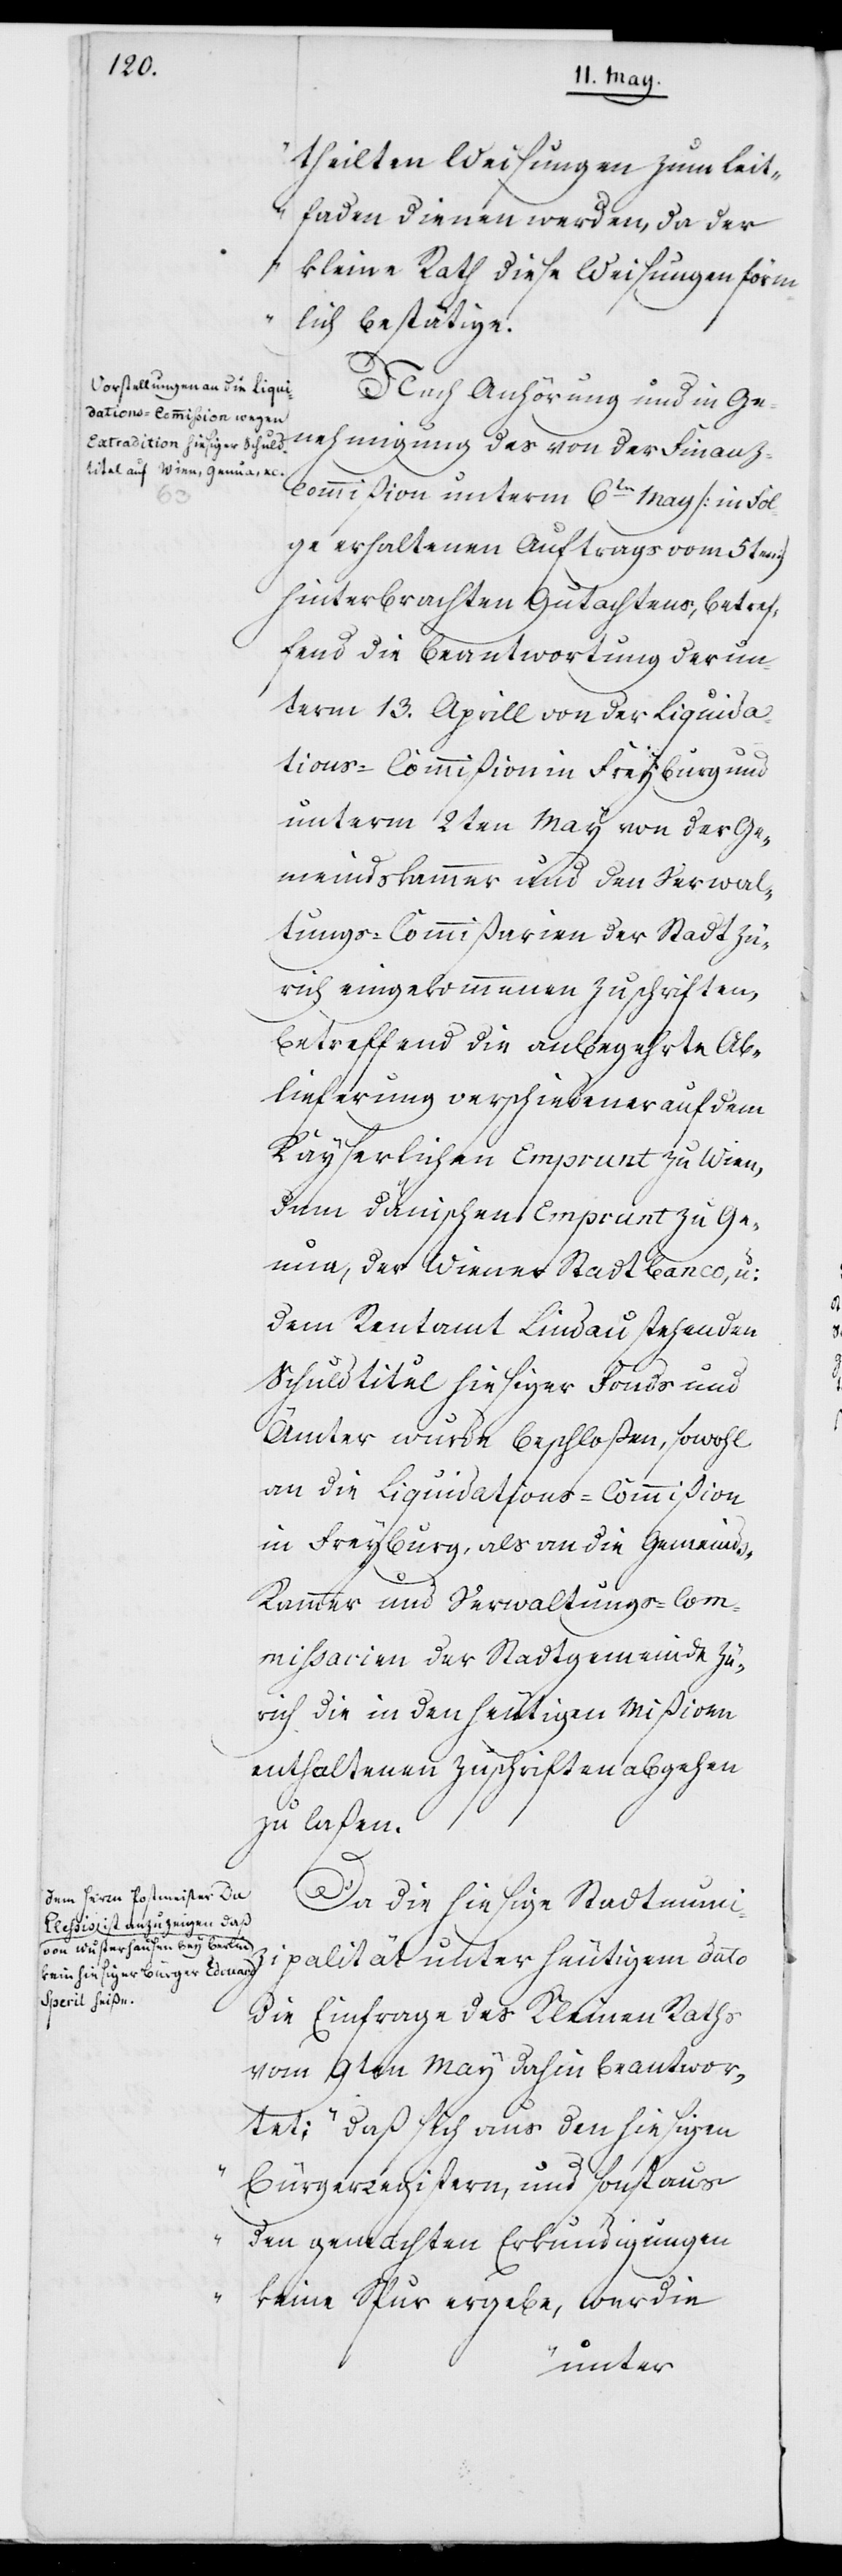
theilten Weisungen zum Leit¬
faden dienen werden, da der
Kleine Rath diese Weisungen förm¬
lich bestätige.“
Nach Anhörung und in Ge¬
nehmigung des von der Finanz¬
commißion unterm 6ten May (in Fol¬
ge erhaltenen Auftrags vom 5ten)
hinterbrachten Gutachtens, betref¬
fend die Beantwortung der un¬
term 13. Aprill von der Liquida¬
tions-Commißion in Freyburg und
unterm 2ten May von der Ge¬
meindskammer und den Verwal¬
tungs-Commißarien der Stadt Zü¬
rich eingekommenen Zuschriften,
betreffend die anbegehrte Ab¬
lieferung verschiedener auf dem
Kayserlichen Emprunt zu Wien,
dem dänischen Emprunt zu Ge¬
nua, der Wiener Stadt Banco, und
dem Rentamt Lindau, stehenden
Schuldtitel hiesiger Fonds und
Ämter wurde beschloßen, sowohl
an die Liquidations-Commißion
in Freyburg, als an die Gemeind¬
s-Kammer und Verwaltungs-Com¬
mißarien der Stadtgemeinde Zü¬
rich die in den heutigen Mißiven
enthaltenen Zuschriften abgehen
zu laßen.
Da die hiesige Stadtmunic¬
ipalität unter heutigem Dato
die Einfrage des Kleinen Raths
vom 9ten May dahin beantwor¬
tet; „daß sich aus den hiesigen
Bürgerregistern und sonst aus
den gemachten Erkundigungen
keine Spur ergebe, wer die